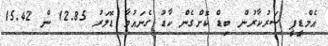
އެމްޑީޕީ ސަރުކާރުން ބިޑް ކޮށްގެން ކާޑު ގެނައުމާ ޑޮލަރު 12.85 ން 15.42